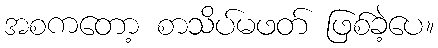
အစကတော့ စာသိပ်မဖတ် ဖြစ်ခဲ့ပေ။